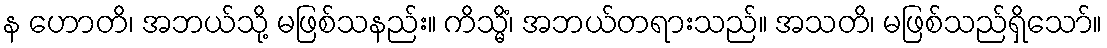
န ဟောတိ၊ အဘယ်သို့ မဖြစ်သနည်း။ ကိသ္မိံ၊ အဘယ်တရားသည်။ အသတိ၊ မဖြစ်သည်ရှိသော်။